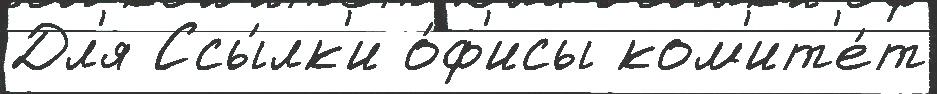
Дл'я Ссы́лк'и о́ф'исы ком'ит'е́т